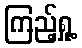
ကြည့်ရှု့